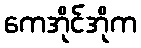
ကေအိုင်အိုက